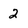
Character: 2